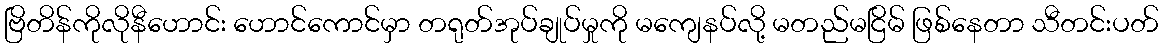
ဗြိတိန်ကိုလိုနီဟောင်း ဟောင်ကောင်မှာ တရုတ်အုပ်ချုပ်မှုကို မကျေနပ်လို့ မတည်မငြိမ် ဖြစ်နေတာ သီတင်းပတ်